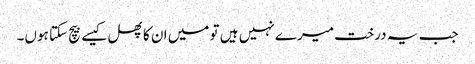
جب یہ درخت میرے نہیں ہیں تو میں ان کا پھل کیسے بیچ سکتا ہوں۔